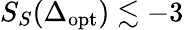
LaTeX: S_{S}(\Delta_{\mathrm{opt}})\lesssim-3